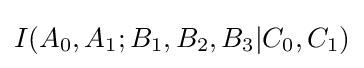
I(A_{0},A_{1};B_{1},B_{2},B_{3}|C_{0},C_{1})